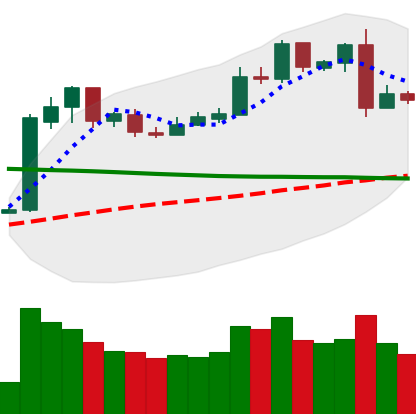
Ticker: LTC-USD
Chart end date: 2019-02-26
Forward return: 6.351%
Label: up_5_7